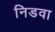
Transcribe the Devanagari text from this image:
निडवा